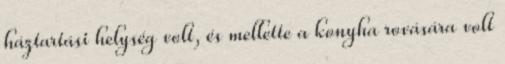
háztartási helység volt, és mellette a konyha rovására volt